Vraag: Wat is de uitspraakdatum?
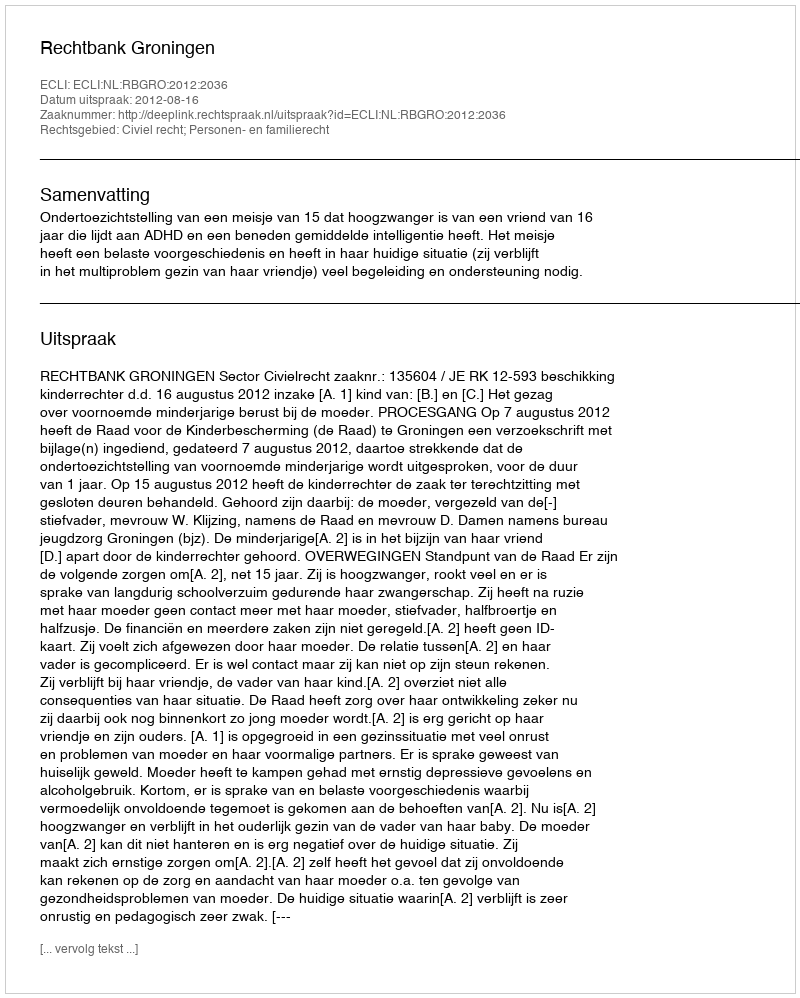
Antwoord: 2012-08-16